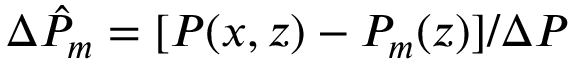
\Delta \hat { P } _ { m } = [ P ( x , z ) - P _ { m } ( z ) ] / \Delta P